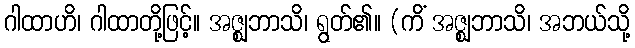
ဂါထာဟိ၊ ဂါထာတို့ဖြင့်။ အဇ္ဈဘာသိ၊ ရွတ်၏။ (ကိံ အဇ္ဈဘာသိ၊ အဘယ်သို့